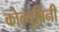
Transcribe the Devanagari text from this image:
कोल्युब्रिनी